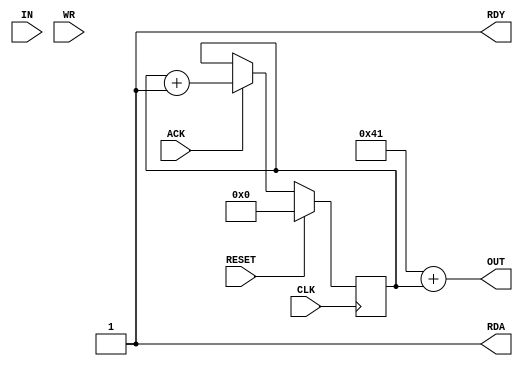
module TestConsole (
	input CLK,
	input RESET,
	input [7:0] IN,
	output [7:0] OUT,
	output RDA,
	input ACK,
	input WR,
	output RDY
);
	reg [3:0] SELREG;

	assign OUT = 8'h41 + SELREG;
	assign RDA = 1'b1;
	assign RDY = 1'b1;
	
	always @ (posedge CLK)
	begin
		if(RESET)
			SELREG <= 8'h00;
		else
		begin
			if(WR)
				$write("%c", IN);
				
			if(ACK)
				SELREG <= SELREG + 1;
		end
	end
	
endmodule